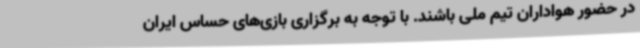
در حضور هواداران تیم ملی باشند. با توجه به برگزاری بازی‌های حساس ایران